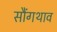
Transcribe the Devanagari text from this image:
सौंगथाव